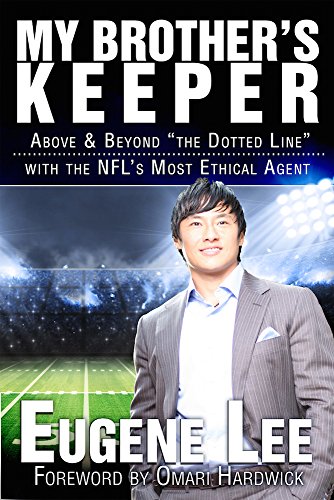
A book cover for My Brother's Keeper: Above and Beyond "The Dotted Line" With the NFL's Most Ethical Agent; Euguene Lee; Biographies & Memoirs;